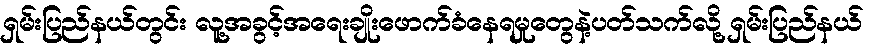
ရှမ်းပြည်နယ်တွင်း လူ့အခွင့်အရေးချိုးဖောက်ခံနေရမှုတွေနဲ့ပတ်သက်လို့ ရှမ်းပြည်နယ်